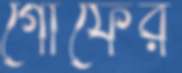
গোঁফের